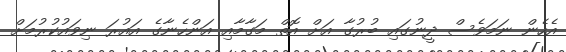
އެހެން ނަމަވެސް ދީނުގައި ބުރުގާ އަށް އޮތް މަގާމާއި އަންހެނާގެ އައުރަ ނިވައުކުރުމަށް